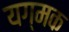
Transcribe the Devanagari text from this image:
यग्मक